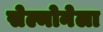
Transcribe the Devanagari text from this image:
सेल्मोनेला